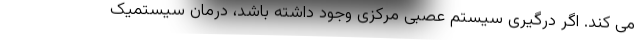
می کند. اگر درگیری سیستم عصبی مرکزی وجود داشته باشد، درمان سیستمیک